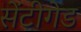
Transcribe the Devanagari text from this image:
सेंटीगेड